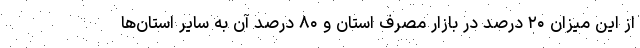
از این میزان ۲۰ درصد در بازار مصرف استان و ۸۰ درصد آن به سایر استان‌ها